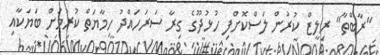
"ރާބްތާ" ރިލީޒް ކުރުން ލަސްކޮށްފި ހުޅުދޫގެ ގިރާ ސަރަހައްދު ހިމާޔަތް ކުރުމަށް ބަޔަކާއި